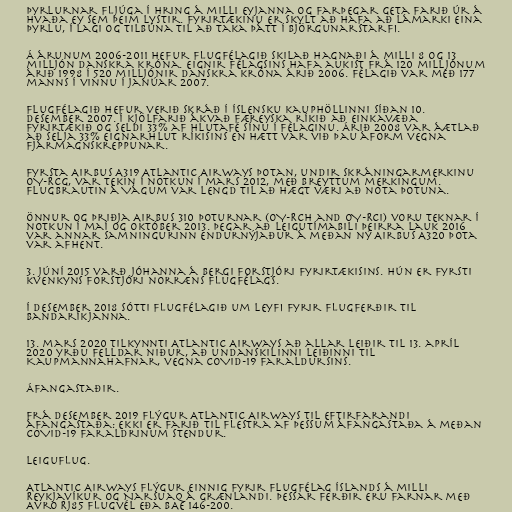
Þyrlurnar fljúga í hring á milli eyjanna og farþegar geta farið úr á
hvaða ey sem þeim lystir. Fyrirtækinu er skylt að hafa að lámarki eina
þyrlu, í lagi og tilbúna til að taka þátt í björgunarstarfi.

Á árunum 2006-2011 hefur flugfélagið skilað hagnaði á milli 8 og 13
milljón danskra króna. Eignir félagsins hafa aukist frá 120 milljónum
árið 1998 í 520 milljónir danskra króna árið 2006. Félagið var með 177
manns í vinnu í janúar 2007.

Flugfélagið hefur verið skráð í Íslensku kauphöllinni síðan 10.
desember 2007. Í kjölfarið ákvað færeyska ríkið að einkavæða
fyrirtækið og seldi 33% af hlutafé sínu í félaginu. Árið 2008 var áætlað
að selja 33% eignarhlut ríkisins en hætt var við þau áform vegna
fjármagnskreppunar.

Fyrsta Airbus A319 Atlantic Airways þotan, undir skráningarmerkinu
OY-RCG, var tekin í notkun í mars 2012, með breyttum merkingum.
Flugbrautin á Vágum var lengd til að hægt væri að nota þotuna.

Önnur og þriðja Airbus 310 þoturnar (OY-RCH and OY-RCI) voru teknar í
notkun í maí og október 2013. Þegar að leigutímabili þeirra lauk 2016
var annar samningurinn endurnýjaður á meðan ný Airbus A320 þota
var afhent.

3. júní 2015 varð Jóhanna á Bergi forstjóri fyrirtækisins. Hún er fyrsti
kvenkyns forstjóri norræns flugfélags.

Í desember 2018 sótti flugfélagið um leyfi fyrir flugferðir til
Bandaríkjanna.

13. mars 2020 tilkynnti Atlantic Airways að allar leiðir til 13. apríl
2020 yrðu felldar niður, að undanskilinni leiðinni til
Kaupmannahafnar, vegna COVID-19 faraldursins.

Áfangastaðir.

Frá desember 2019 flýgur Atlantic Airways til eftirfarandi
áfangastaða: Ekki er farið til flestra af þessum áfangastaða á meðan
COVID-19 faraldrinum stendur.

Leiguflug.

Atlantic Airways flýgur einnig fyrir Flugfélag Íslands á milli
Reykjavíkur og Narsuaq á Grænlandi. Þessar ferðir eru farnar með
Avro RJ85 flugvél eða BAe 146-200.